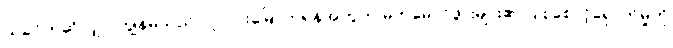
ယခင်ကဆိုလျှင် ကျွန်မသည် လူလားမြောက်ရန်အတွက် မိဘမောင်ဖွားများ၏ ပြုစုစောင့်ရှောက်မှုကို